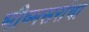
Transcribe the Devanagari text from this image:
भीष्मसरांचा